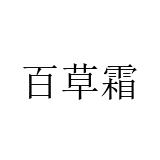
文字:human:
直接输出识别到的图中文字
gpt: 百草霜